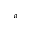
^ { a }